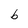
Character: b